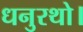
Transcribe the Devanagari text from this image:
धनुरथो।